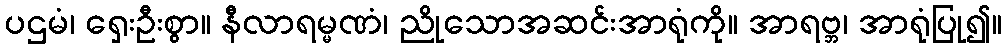
ပဌမံ၊ ရှေးဦးစွာ။ နီလာရမ္မဏံ၊ ညိုသောအဆင်းအာရုံကို။ အာရဗ္ဘ၊ အာရုံပြု၍။